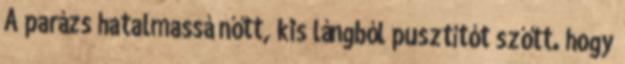
A parázs hatalmassá nőtt, kis lángból pusztítót szőtt. hogy